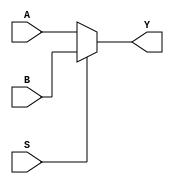
module mux2 (S,A,B,Y);
    input S;
    input A,B;
    output reg Y;

    always @(*)
		Y = (S)? B : A;
endmodule

module mux4 ( S, D, Y );

input[1:0] S;
input[3:0] D;
output Y;

reg Y;
wire[1:0] S;
wire[3:0] D;

always @*
begin
    case( S )
       0 : Y = D[0];
       1 : Y = D[1];
       2 : Y = D[2];
       3 : Y = D[3];
   endcase
end

endmodule

module mux8 ( S, D, Y );

input[2:0] S;
input[7:0] D;
output Y;

reg Y;
wire[2:0] S;
wire[7:0] D;

always @*
begin
   case( S )
       0 : Y = D[0];
       1 : Y = D[1];
       2 : Y = D[2];
       3 : Y = D[3];
       4 : Y = D[4];
       5 : Y = D[5];
       6 : Y = D[6];
       7 : Y = D[7];
   endcase
end

endmodule

module mux16 (D, S, Y);
 	input  [15:0] D;
 	input  [3:0] S;
 	output Y;

assign Y = D[S];

endmodule


module top (
input [3:0] S,
input [15:0] D,
output M2,M4,M8,M16
);

mux2 u_mux2 (
        .S (S[0]),
        .A (D[0]),
        .B (D[1]),
        .Y (M2)
    );


mux4 u_mux4 (
        .S (S[1:0]),
        .D (D[3:0]),
        .Y (M4)
    );

mux8 u_mux8 (
        .S (S[2:0]),
        .D (D[7:0]),
        .Y (M8)
    );

mux16 u_mux16 (
        .S (S[3:0]),
        .D (D[15:0]),
        .Y (M16)
    );

endmodule